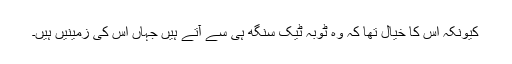
کیونکہ اس کا خیال تھا کہ وہ ٹوبہ ٹیک سنگھ ہی سے آتے ہیں جہاں اس کی زمینیں ہیں۔